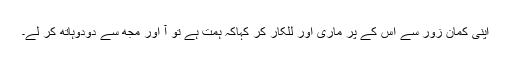
اپنی کمان زور سے اس کے پر ماری اور للکار کر کہاکہ ہمت ہے تو آ اور مجھ سے دودوہاتھ کر لے۔